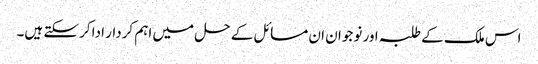
اس ملک کے طلبہ اور نوجوان ان مسائل کے حل میں اہم کردار ادا کرسکتے ہیں۔